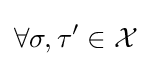
\forall \sigma ,\tau ^{\prime }\in {\mathcal {X}}